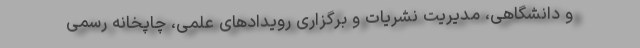
و دانشگاهی، مدیریت نشریات و برگزاری رویدادهای علمی، چاپخانه رسمی